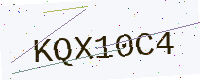
Text: KQX10C4